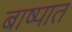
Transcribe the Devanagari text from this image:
बाष्पात